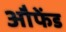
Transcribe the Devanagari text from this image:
औफेंड